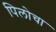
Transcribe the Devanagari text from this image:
पिलोचा